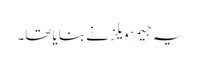
یہ جیمز ویلز نے بنایاتھا۔